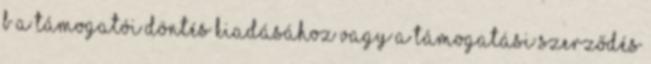
b a támogatói döntés kiadásához vagy a támogatási szerződés